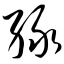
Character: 绿